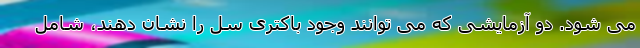
می شود. دو آزمایشی که می توانند وجود باکتری سل را نشان دهند، شامل